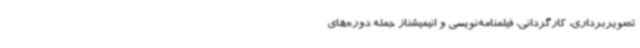
تصویربرداری، کارگردانی، فیلمنامه‌نویسی و انیمیشناز جمله دوره‌های